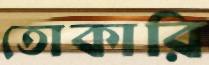
তোকারি